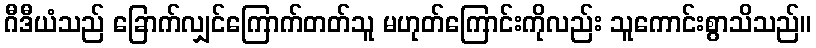
ဂီဒီယံသည် ခြောက်လျှင်ကြောက်တတ်သူ မဟုတ်ကြောင်းကိုလည်း သူကောင်းစွာသိသည်။